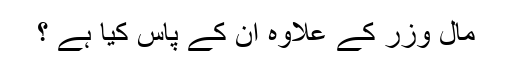
مال وزر کے علاوہ ان کے پاس کیا ہے ؟